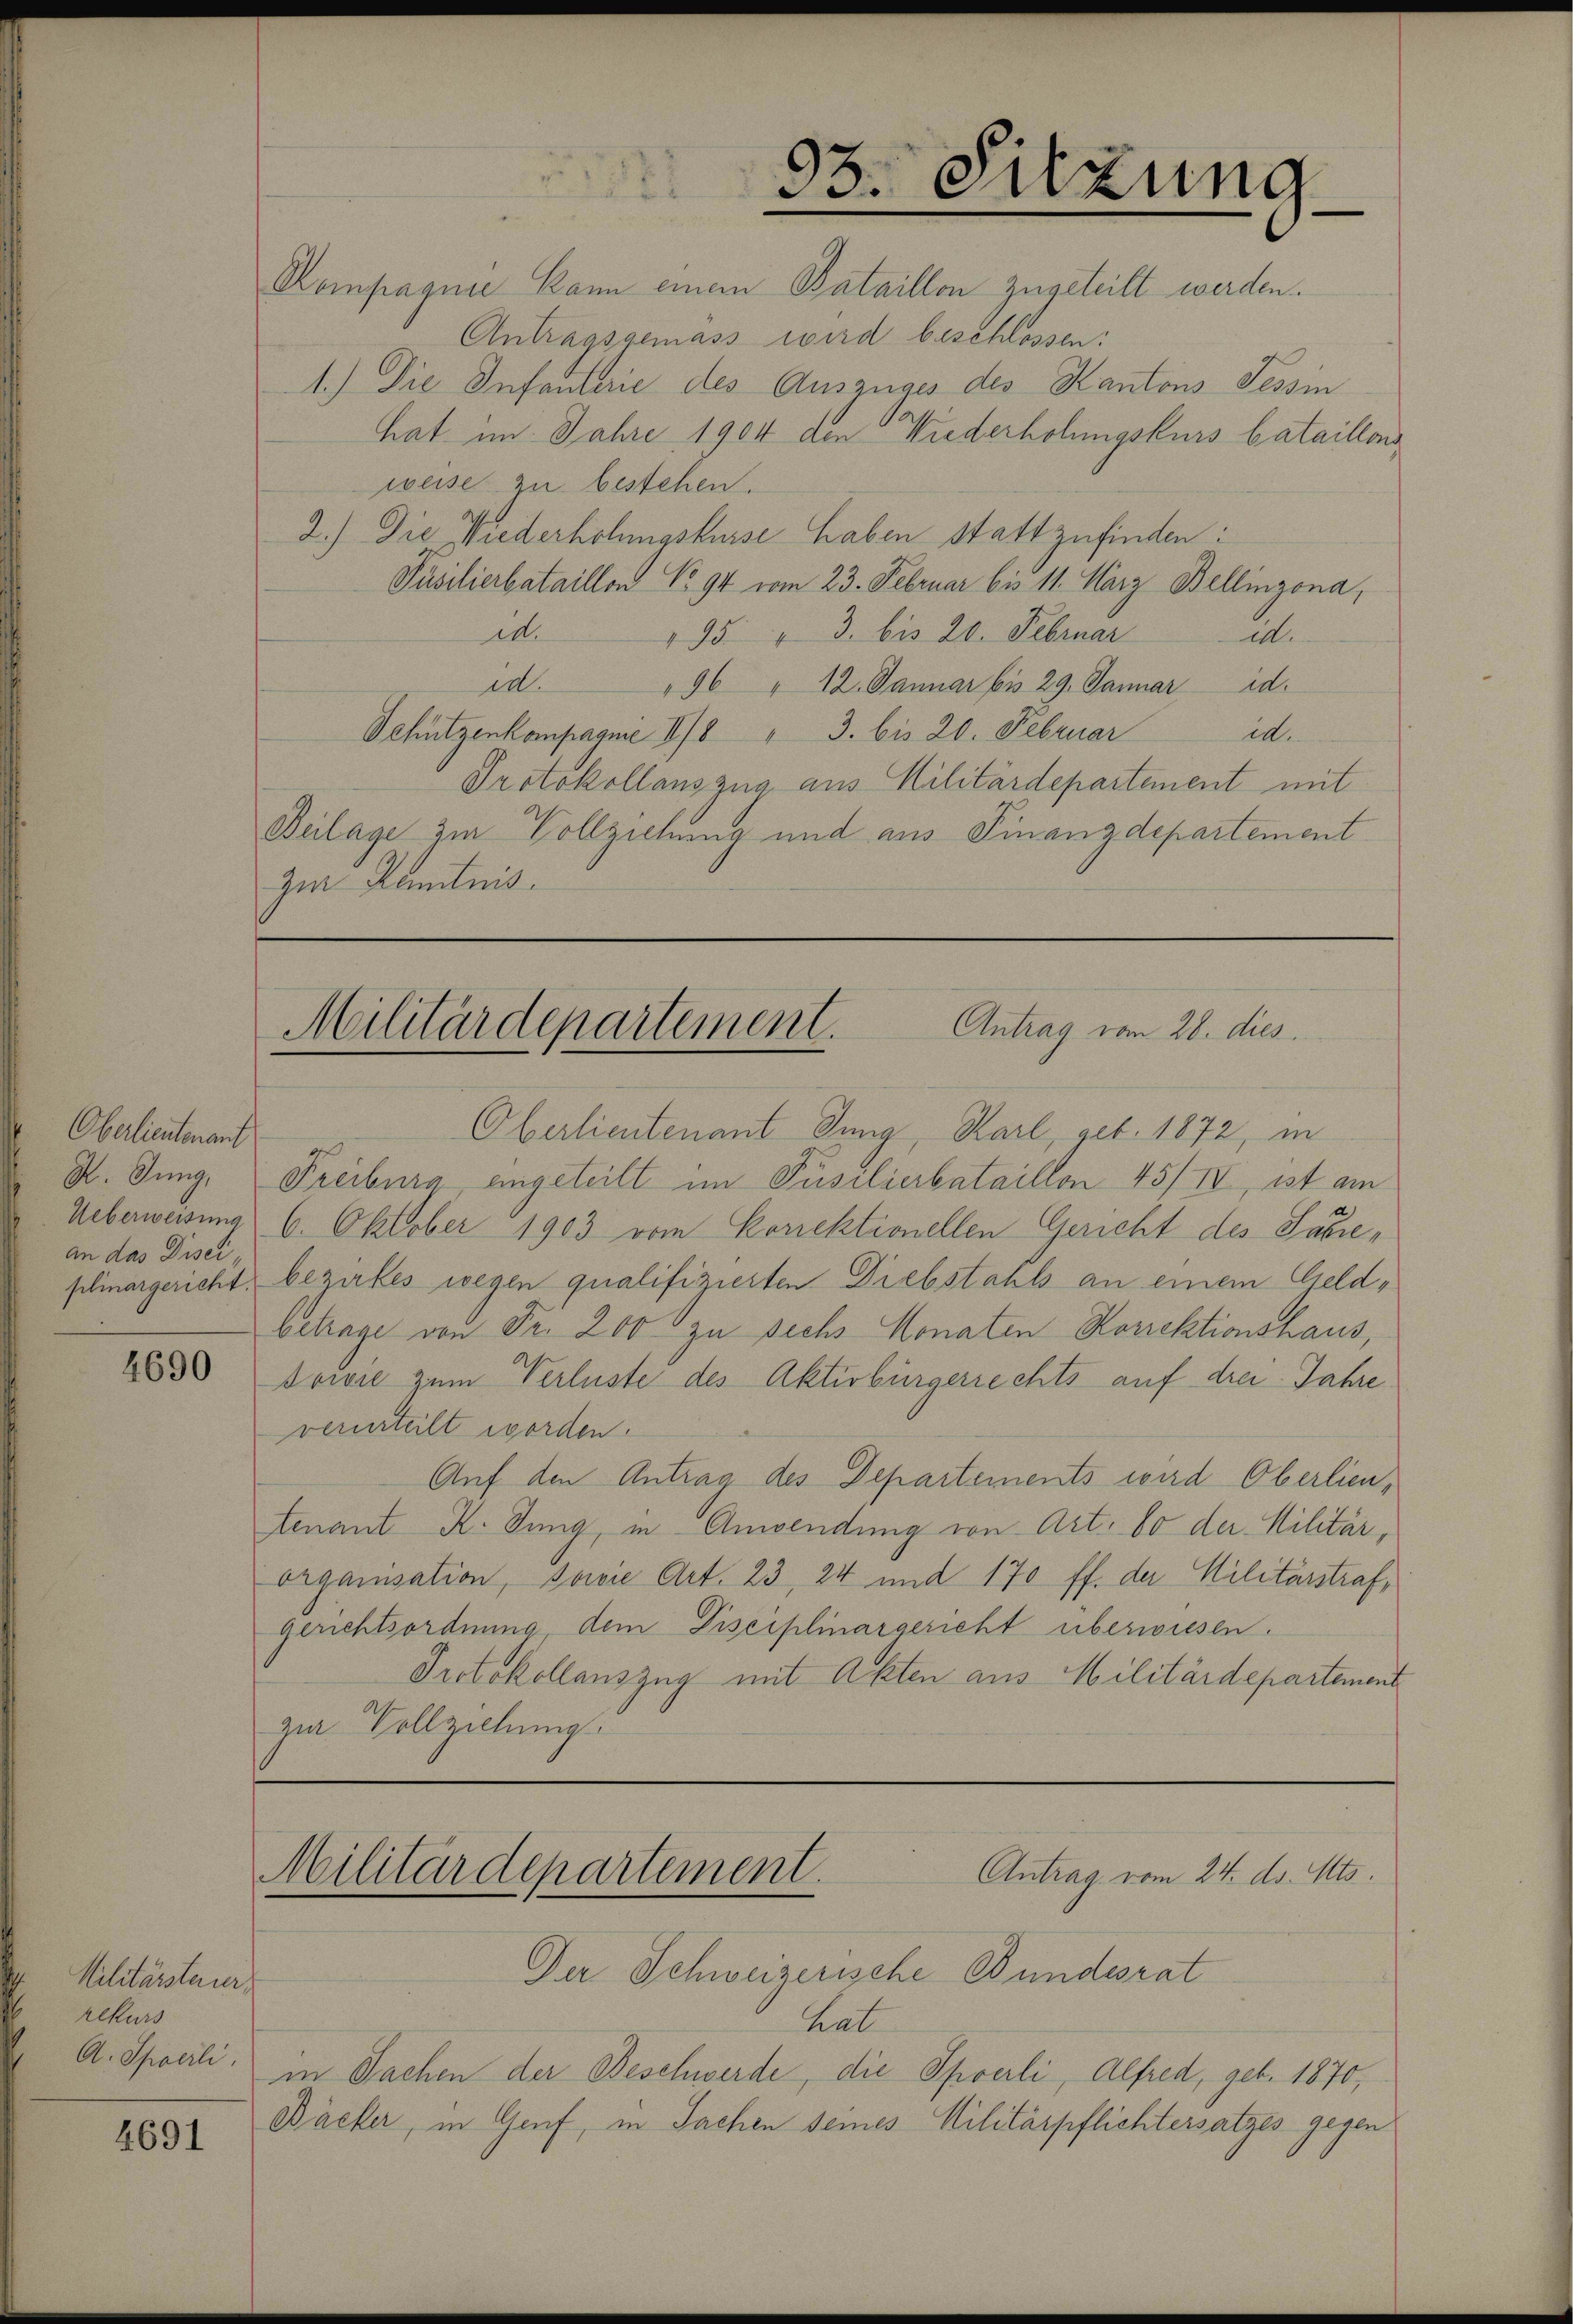
Oberlieutenauf
an das Disei

4690

Militärsteuer
rekurs
A. Spoerli.

4691

93. Sitzung

Rompagnie kann einem Bataillon zugeteilt werden.
Antragsgemäss wird beschlossen:
1.) Die Infanterie des Auszuges des Kantons Tessin
hat im Jahre 1904 den Wiederholungskurs bataillons
weise zu bestehen.
2.) Die Wiederhohmgskurse haben stattzufinden:
Püsilierbataillon No 94 vom 23. Februar bis 11. März Bellinzona,
d.
195. " 3. bis 20. Februar d.
id.
96 " 12. Januar bis 29. Januar d.
Schützenkompagnie II/8 " 3. bis 20. Februar
i.
Protokollauszug aus Militärdepartement mit
Beilage zur Vollziehung und aus Finanzdepartement
zur Kenntnis.

Antrag vom 28. dies
Militärdepartement.

Oberlieutenant Tung, Karl, geb. 1872, in
P. Jung, Freiburg, eingeteilt im Püsilierbataillon 45/IV, ist am
Ueberweisung 6. Oktober 1903 vom Korrektionellen Gericht des Sacreplinargericht, bezirkes wegen qualifizierten Diebstahls an einem Geldbetrage von Fr. 200 zu sechs Monaten Korrektionshaus,
Sowie zum Verluste des Aktivbürgerrechts auf drei Jahre
verurteilt worden.
Auf den Antrag des Departements wird Oberlien,
tenant K. Jung, in Anwendung von Art. 80 der Militär,
organisation, sowie Art. 23, 24 und 170 ff. der Militärstraf,
gerichtsordnung, dem Disciplinargericht überwiesen.
Protokollanszug mit Akten aus Militärdepartement
zur Vollziehung

Antrag vom 24. ds. Mts.
Militärdepartement.

Der Schweizerische Bundesrat
hat
in Sachen der Beschwerde, die Spoerli, Alfred, geb. 1870,
Däcker, in Genf, in Sachen seines Militärpflichtersatzes gegen